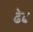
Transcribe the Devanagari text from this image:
ढेढ